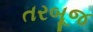
તરબૂજ